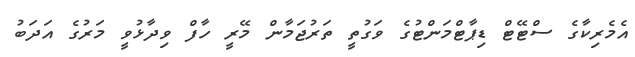
އެމެރިކާގެ ސްޓޭޓް ޑިޕާޓްމަންޓުގެ ވަގުތީ ތަރުޖަމާން މޭރީ ހާފް ވިދާޅުވީ މަރުގެ އަދަބު